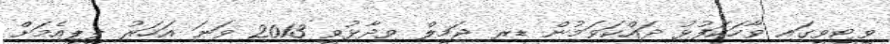
ވީޓީވީގައި ވާހަކަފުޅު ދައްކަވަމުން ޑރ ޖަމީލް ވިދާޅުވީ 2013 ވަނަ އަހަރު ޕީޕީއެމަށް